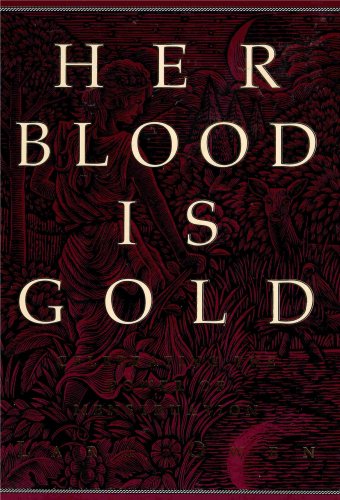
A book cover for Her Blood Is Gold: Celebrating the Power of Menstruation (Reclaim the Positive Power of the Female Cycle); Lara Owen; Health, Fitness & Dieting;